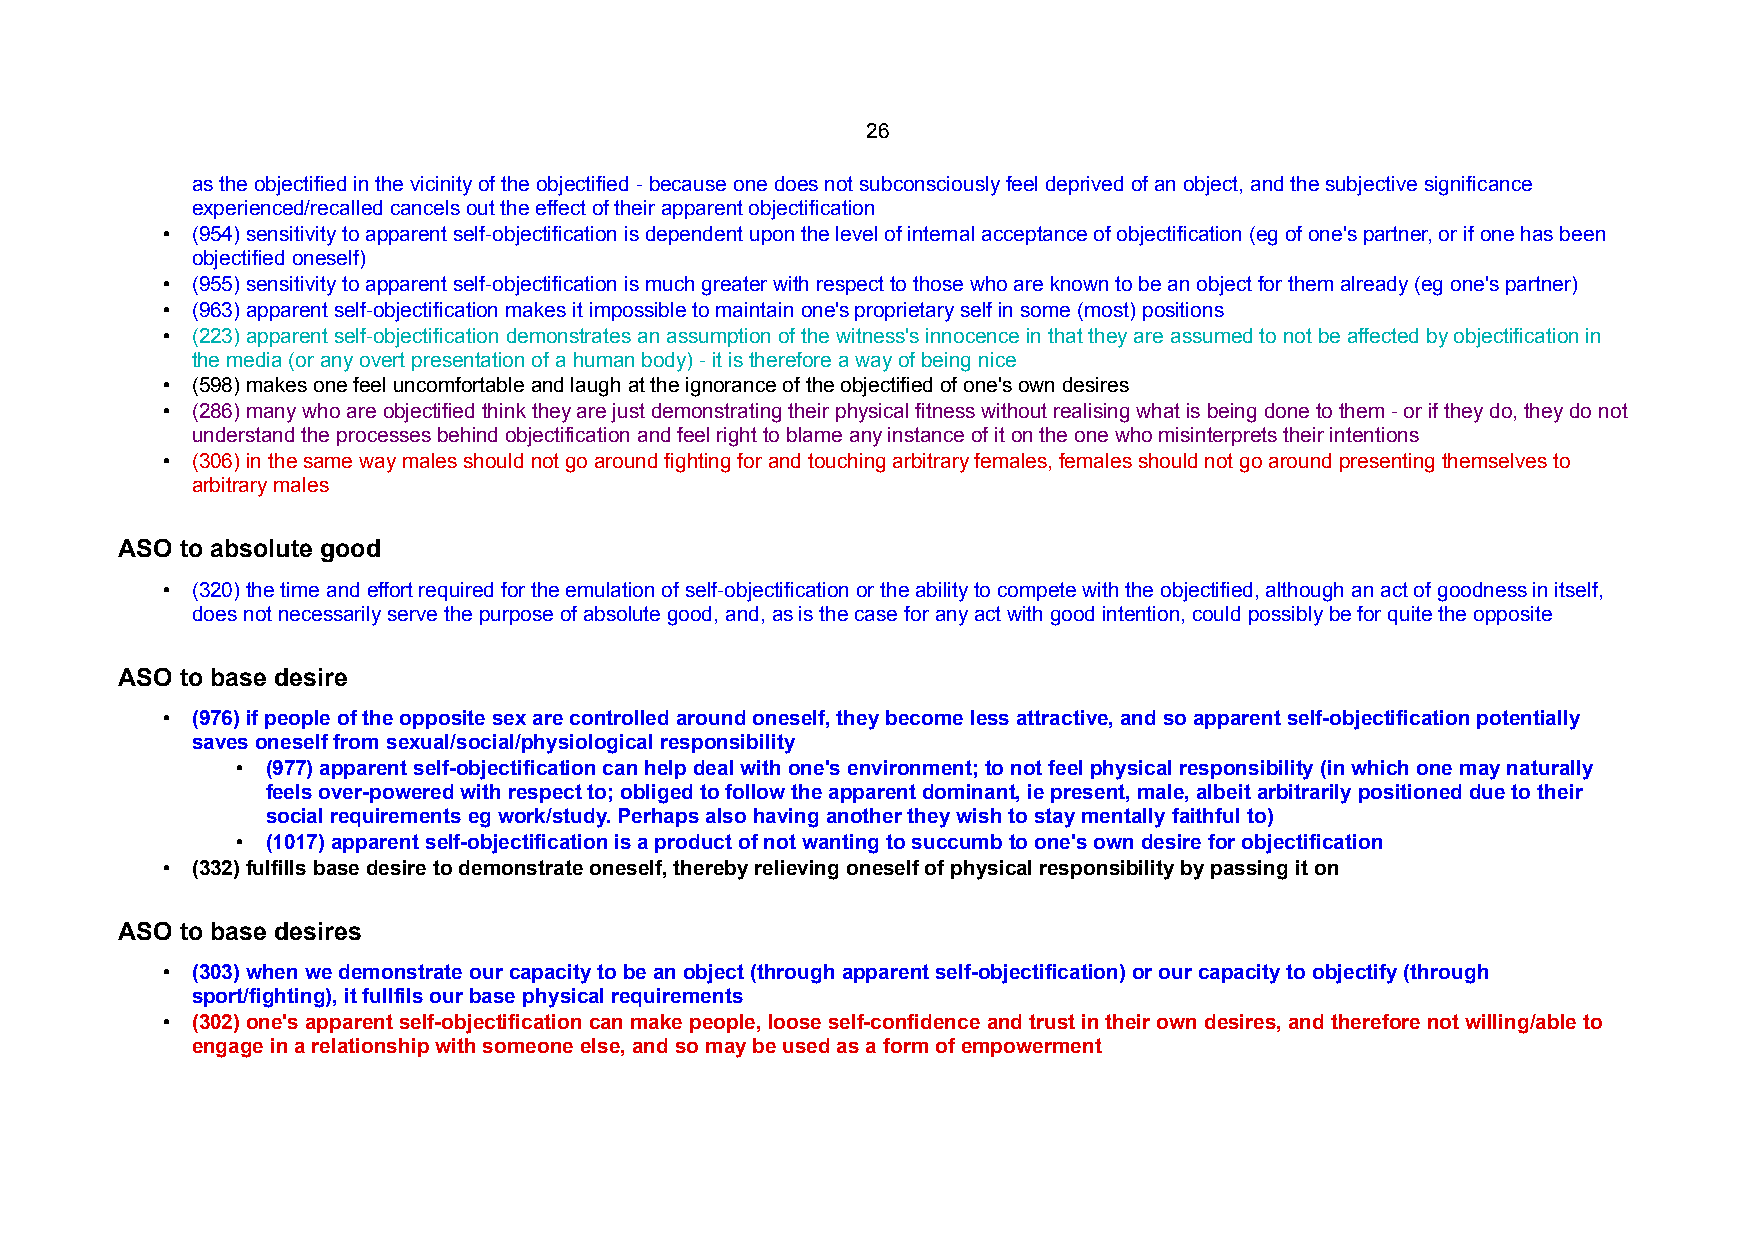
26
 as the objectified in the vicinity of the objectified - because one does not subconsciously feel deprived of an object, and the subjective significance
 experienced/recalled cancels out the effect of their apparent objectification
 • (954) sensitivity to apparent self-objectification is dependent upon the level of internal acceptance of objectification (eg of one's partner, or if one has been
 objectified oneself)
 • (955) sensitivity to apparent self-objectification is much greater with respect to those who are known to be an object for them already (eg one's partner)
 • (963) apparent self-objectification makes it impossible to maintain one's proprietary self in some (most) positions
 • (223) apparent self-objectification demonstrates an assumption of the witness's innocence in that they are assumed to not be affected by objectification in
 the media (or any overt presentation of a human body) - it is therefore a way of being nice
 • (598) makes one feel uncomfortable and laugh at the ignorance of the objectified of one's own desires
 • (286) many who are objectified think they are just demonstrating their physical fitness without realising what is being done to them - or if they do, they do not
 understand the processes behind objectification and feel right to blame any instance of it on the one who misinterprets their intentions
 • (306) in the same way males should not go around fighting for and touching arbitrary females, females should not go around presenting themselves to
 arbitrary males
 ASO to absolute good
 • (320) the time and effort required for the emulation of self-objectification or the ability to compete with the objectified, although an act of goodness in itself,
 does not necessarily serve the purpose of absolute good, and, as is the case for any act with good intention, could possibly be for quite the opposite
 ASO to base desire
 • (976) if people of the opposite sex are controlled around oneself, they become less attractive, and so apparent self-objectification potentially
 saves oneself from sexual/social/physiological responsibility
 • (977) apparent self-objectification can help deal with one's environment; to not feel physical responsibility (in which one may naturally
 feels over-powered with respect to; obliged to follow the apparent dominant, ie present, male, albeit arbitrarily positioned due to their
 social requirements eg work/study. Perhaps also having another they wish to stay mentally faithful to)
 • (1017) apparent self-objectification is a product of not wanting to succumb to one's own desire for objectification
 • (332) fulfills base desire to demonstrate oneself, thereby relieving oneself of physical responsibility by passing it on
 ASO to base desires
 • (303) when we demonstrate our capacity to be an object (through apparent self-objectification) or our capacity to objectify (through
 sport/fighting), it fullfils our base physical requirements
 • (302) one's apparent self-objectification can make people, loose self-confidence and trust in their own desires, and therefore not willing/able to
 engage in a relationship with someone else, and so may be used as a form of empowerment